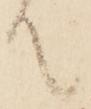
て